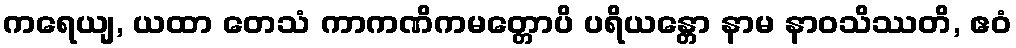
ကရေယျ, ယထာ တေသံ ကာကဏိကမတ္တောပိ ပရိယန္တော နာမ နာဝသိဿတိ, ဧဝံ